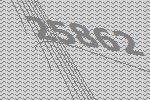
25862